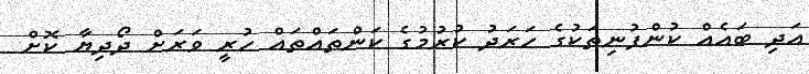
އަދި ބައެއް ކުންފުނިތަކުގެ ހަރަދު ކުރުމުގެ ކަންތައްތައް ހުރީ ވަރަށް ދޯދިޔާ ކޮށް